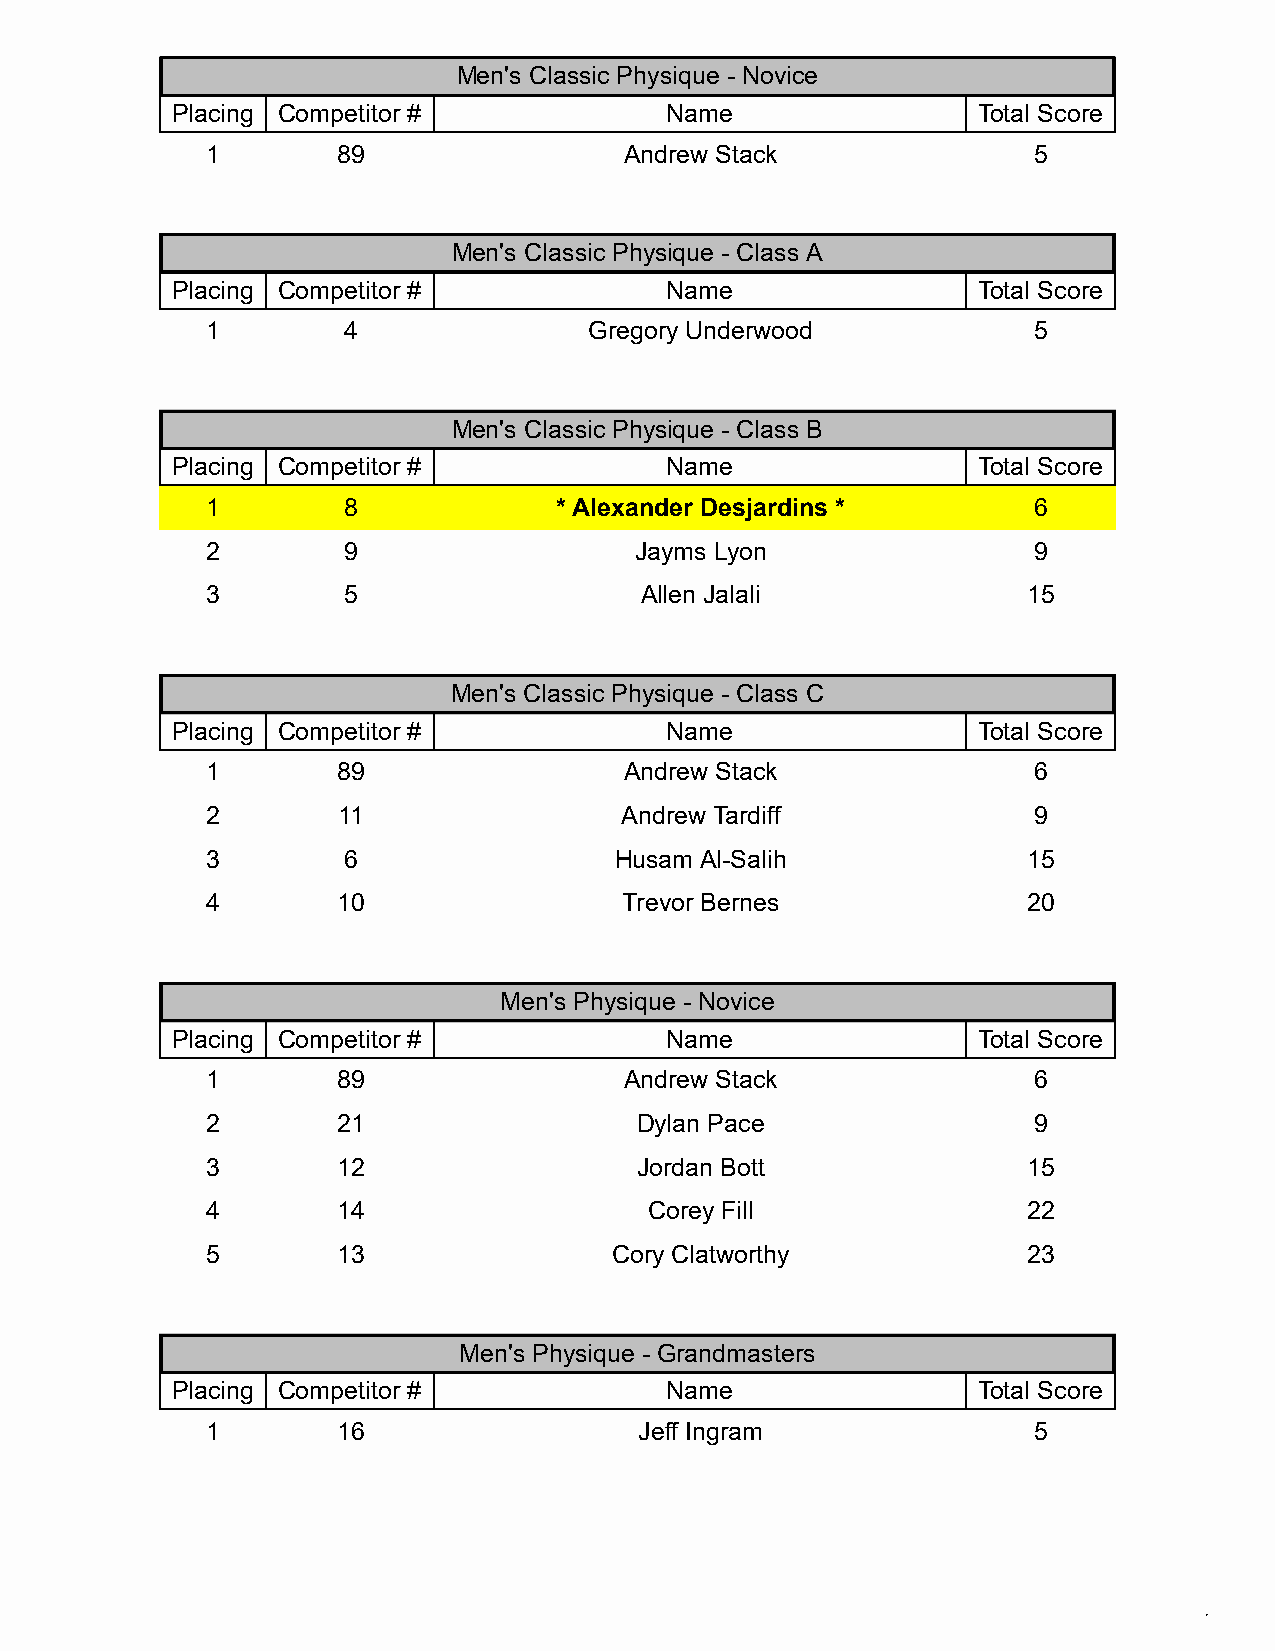
Men's Classic Physique - Novice
 Placing Competitor #             Name                 Total Score
 1       89                 Andrew Stack               5
 Men's Classic Physique - Class A
 Placing Competitor #             Name                 Total Score
 1        4               Gregory Underwood            5
 Men's Classic Physique - Class B
 Placing Competitor #             Name                 Total Score
 1        8             * Alexander Desjardins *       6
 2        9                  Jayms Lyon                9
 3        5                  Allen Jalali              15
 Men's Classic Physique - Class C
 Placing Competitor #             Name                 Total Score
 1       89                 Andrew Stack               6
 2       11                 Andrew Tardiff             9
 3        6                 Husam Al-Salih             15
 4       10                 Trevor Bernes              20
 Men's Physique - Novice
 Placing Competitor #             Name                 Total Score
 1       89                 Andrew Stack               6
 2       21                  Dylan Pace                9
 3       12                  Jordan Bott               15
 4       14                   Corey Fill               22
 5       13                 Cory Clatworthy            23
 Men's Physique - Grandmasters
 Placing Competitor #             Name                 Total Score
 1       16                  Jeff Ingram               5
 /